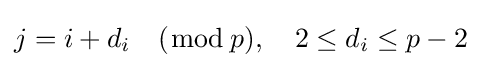
j=i+d_{i}\quad ({\bmod {\,}}p),\quad 2\leq d_{i}\leq p-2